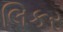
લિકર